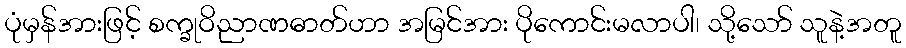
ပုံမှန်အားဖြင့် စက္ခုဝိညာဏဓာတ်ဟာ အမြင်အား ပိုကောင်းမလာပါ၊ သို့သော် သူနဲ့အတူ